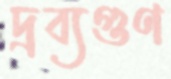
দ্রব্যগুণ